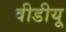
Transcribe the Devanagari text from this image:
वीडीयू